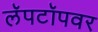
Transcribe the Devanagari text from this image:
लॅपटॉपवर